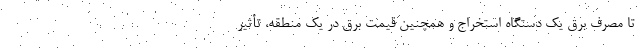
تا مصرف برقِ یک دستگاه استخراج و همچنین قیمت برق در یک منطقه، تأثیر